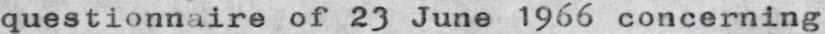
questionnaire of 23 June 1966 concerning